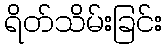
ရိတ်သိမ်းခြင်း